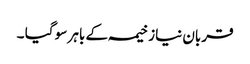
قربان نیاز خیمہ کے باہر سو گیا ۔